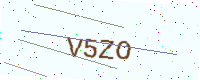
Text: V5ZO